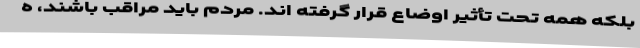
بلکه همه تحت تأثیر اوضاع قرار گرفته اند. مردم باید مراقب باشند، ه